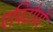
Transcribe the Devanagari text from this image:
एपिटोपों